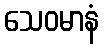
သေဝမာနံ